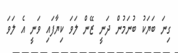
ގިނަ ބަޔަކު ބުނަމުން ދަނީ ޒޭން ލަވަ ކިޔާފައި ވަނީ އެ ލަވަ